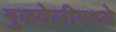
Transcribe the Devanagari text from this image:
गुळवेलीमध्ये